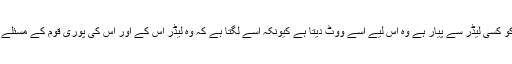
جس شخص کو کسی لیڈر سے پیار ہے وہ اس لیے اسے ووٹ دیتا ہے کیونکہ اسے لگتا ہے کہ وہ لیڈر اس کے اور اس کی پوری قوم کے مسئلے حل کرے گا۔